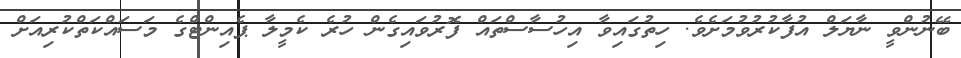
ބޭނުންވީ ނާޔަލް އުފާކުރުވުމަށެވެ. ހިތުގައިވާ އިހުސާސްތައް ފޮރުވައިގެން ހުރެ ކެމީލާ ޕެއިންޓްގެ މަސައްކަތްކުރިއަށް